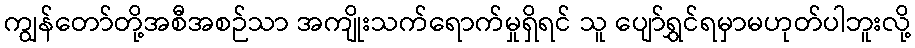
ကျွန်တော်တို့အစီအစဉ်သာ အကျိုးသက်ရောက်မှုရှိရင် သူ ပျော်ရွှင်ရမှာမဟုတ်ပါဘူးလို့